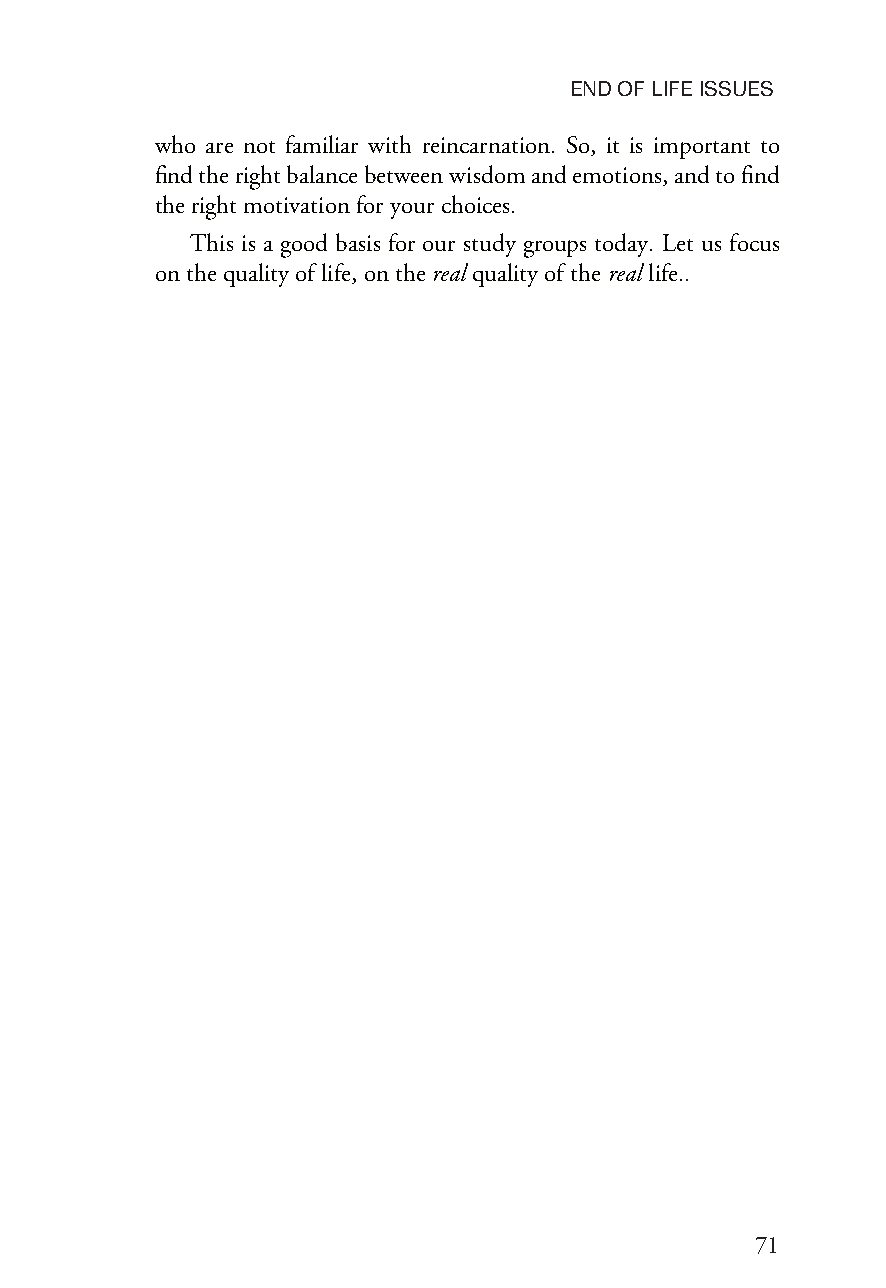
ENDOFLIFEISSUES
 who are not familiar with reincarnation. So, it is important to
 findtherightbalancebetweenwisdomandemotions,andtofind
 therightmotivationforyourchoices.
 This is a good basis for our study groups today. Let us focus
 on the qualityof life,onthe realquality ofthereallife..
 71